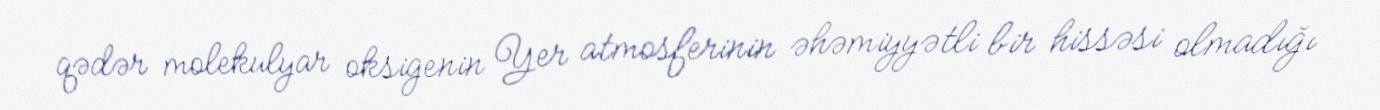
qədər molekulyar oksigenin Yer atmosferinin əhəmiyyətli bir hissəsi olmadığı